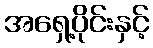
အရှေ့ပိုင်းနှင့်